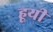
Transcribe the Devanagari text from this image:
हूयी